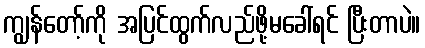
ကျွန်တော့်ကို အပြင်ထွက်လည်ဖို့မခေါ်ရင် ပြီးတာပဲ။